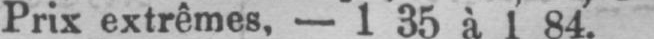
Prix extrêmes, - 1 35 à 1 84.